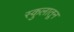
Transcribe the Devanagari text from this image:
स्कुलातून